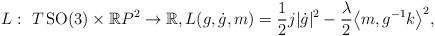
LaTeX: \begin{gather*}L: \ T\operatorname{SO}(3)\times\mathbb R P^2\to\mathbb R,L(g,\dot g,m)=\frac12 j|\dot g|^2- \frac{\lambda}{2}\big\langle m, g^{-1}k\big\rangle^2,\end{gather*}